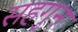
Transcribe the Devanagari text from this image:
सहगुन